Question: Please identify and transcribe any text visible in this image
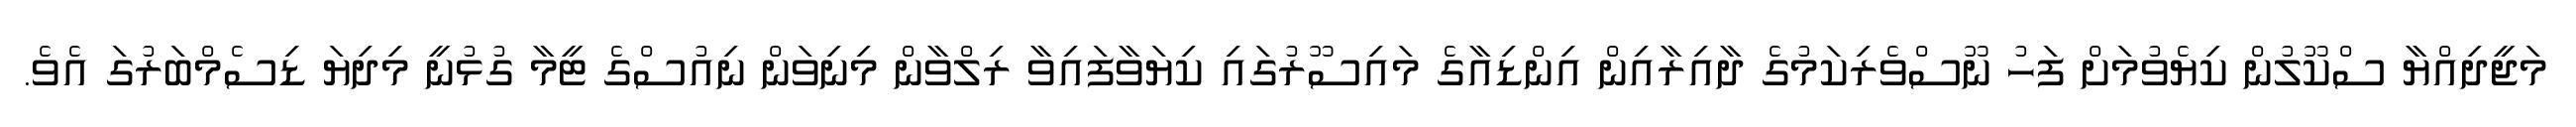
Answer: މަޖީދިއްޔާ ސްކޫލުން ކިޔެވުމަށް ފަހު ނޫސްވެރިކަމުގެ ދާއިރާއިން އިންޑިއާގެ މައިސޫރުގައި ކިޔަވާފައިވާ ރިލްވާން މިނިވަން ނިއުސްގެ ޓީމާ ގުޅުނީ މިދިޔަ ޑިސެމްބަރުގަ އެވެ.